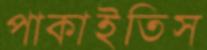
পাকাইতিস